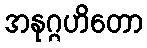
အနုဂ္ဂဟိတော